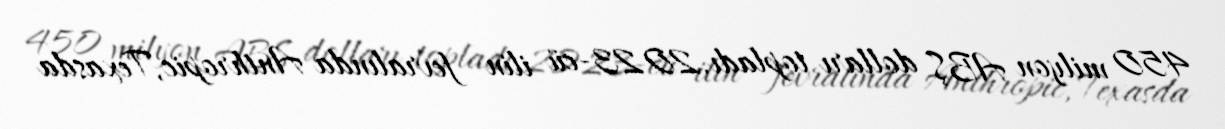
450 milyon ABŞ dolları topladı.2023-cü ilin fevralında Anthropic, Texasda